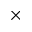
\times